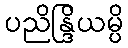
ပညိန္ဒြိယမ္ပိ